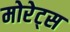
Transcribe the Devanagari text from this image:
मोरेट्स